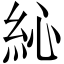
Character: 𥿂